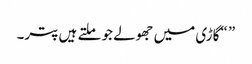
” “گاڑی میں جھولے جو ملتے ہیں پتر۔